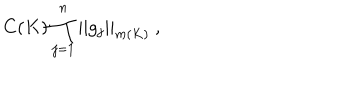
LaTeX: C ( K ) \prod _ { j = 1 } ^ { n } | | g _ { j } | | _ { m ( K ) } \ ,